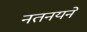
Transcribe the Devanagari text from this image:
नतनयने